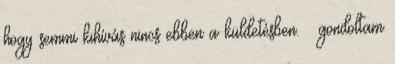
hogy semmi kihívás nincs ebben a küldetésben. – gondoltam